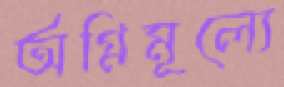
অগ্নিমূল্যে